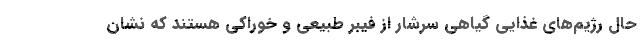
حال رژیم‌های غذایی گیاهی سرشار از فیبر طبیعی و خوراکی هستند که نشان